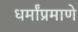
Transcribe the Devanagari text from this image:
धर्मांप्रमाणे